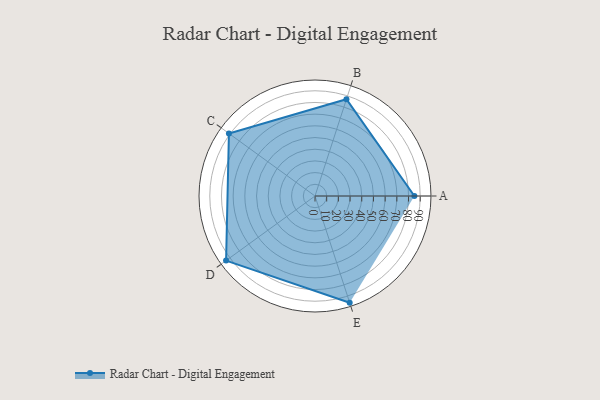
{"axis": {"x": "Skill", "y": "Score"}, "legend": ["Profile"], "data": [{"x": "A", "y": 85.0, "type": "Profile"}, {"x": "B", "y": 87.0, "type": "Profile"}, {"x": "C", "y": 91.0, "type": "Profile"}, {"x": "D", "y": 94.0, "type": "Profile"}, {"x": "E", "y": 96.0, "type": "Profile"}]}